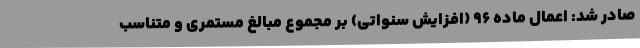
صادر شد: اعمال ماده ۹۶ (افزایش سنواتی) بر مجموع مبالغ مستمری و متناسب